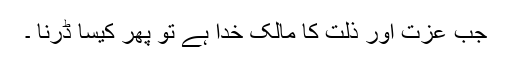
جب عزت اور ذلت کا مالک خدا ہے تو پھر کیسا ڈرنا ۔